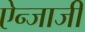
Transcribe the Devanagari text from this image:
ऐन्जाजी